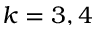
k = 3 , 4